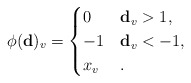
\begin{align*}\phi({\bf d})_v =\begin{cases}0 & {\bf d}_v>1,\\-1 & {\bf d}_v<-1,\\x_v & .\end{cases}\end{align*}